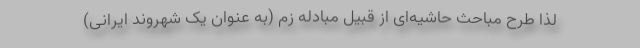
لذا طرح مباحث حاشیه‌ای از قبیل مبادله زم (به عنوان یک شهروند ایرانی)